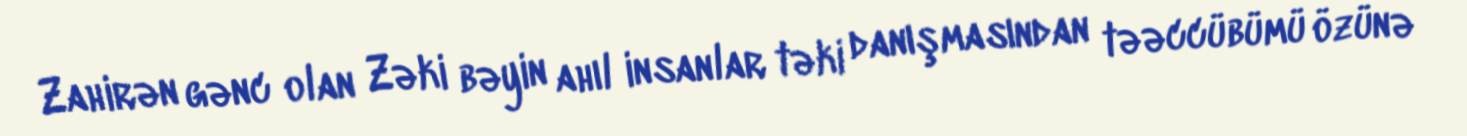
Zahirən gənc olan Zəki bəyin ahıl insanlar təki danışmasından təəccübümü özünə